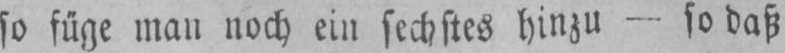
so füge man noch ein sechstes hinzu - so daß